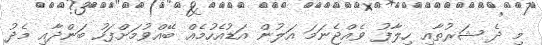
މި ދެ ޝަރުތާއި ހިލާފު ވެއްޖެނަމަ އަލުން އަޑުއެހުމެއް ބޭއްވުމަށްފަހު ބަންދާއި މެދު